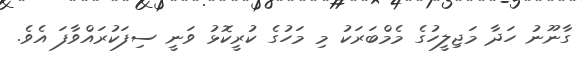
ގާނޫނު ހަދާ މަޖިލީހުގެ މެމްބަރަކު މި މަހުގެ ކުރީކޮޅު ވަނީ ސިފަކުރައްވާފަ އެވެ.